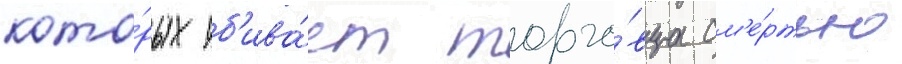
кото́рых уб'ива́ет торго́вца см'е́ртью